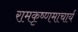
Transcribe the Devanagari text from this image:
रामकृष्णमाचार्य